Annual vaccination report of Bihar and Orissa - 1911-1928
Year: 1911
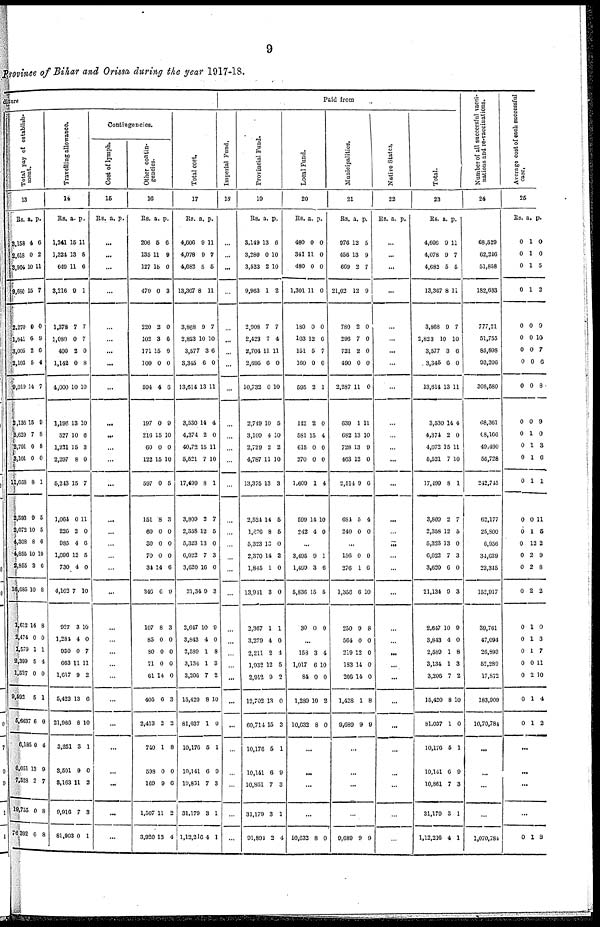
9
Province of Bihar and Orissa during the year 1917-18.
diture
Total pay of establish-
ment.
13
Rs.
3,158
2,618
3,904
9,680
2,270
1,641
3,005
2,103
9,019
2,136
8,629
2,791
3,101
11,658
2,593
2,072
4,308
4,855
2,855
16,685
1,612
2,474
1,579
2,399
1,527
9,592
6,6637
6,185
6,051
7,528
19,755
76,392
a.
4
0
10
15
0
6
2
5
14
15
7
0
0
8
9
10
8
10
3
10
14
0
1
5
0
5
6
50
13
2
0
6
p.
6
2
11
7
0
9
6
4
7
9
8
8
0
1
5
5
6
10
6
8
8
0
1
4
0
1
0
4
9
7
8
8
Travelling allowance.
14
Rs.
1,241
1,324
649
3,216
1,378
1,080
400
1,142
4,000
1,196
527
1,221
2,297
5,243
1,064
226
985
1,096
730
4,102
927
1,284
930
663
1,617
5,422
21,986
3,251
3,501
3,163
9,916
81,903
a.
15
13
11
9
7
0
2
0
10
13
10
15
8
15
0
2
4
12
4
7
3
4
0
11
9
13
8
3
9
11
7
0
p.
11
8
6
1
7
7
0
8
10
10
6
3
0
7
11
0
6
5
0
10
10
0
7
11
2
6
10
1
0
2
3
1
Contingencies.
Cost of lymph.
15
Rs. a. p.
...
...
...
...
...
...
...
...
...
...
...
...
...
...
...
...
...
...
...
...
...
...
...
...
...
...
...
...
...
...
...
...
Other contin-
gencies.
16
Rs.
206
135
127
470
220
102
171
100
594
197
216
60
122
597
151
60
30
70
34
346
107
85
80
71
61
405
2,413
740
598
169
1,507
3,920
a.
5
11
16
0
2
3
15
0
4
0
p.
6
9
0
3
0
6
0
0
6
9
15 10
0 0
15 10
0
8
0
0
0
14
6
8
0
0
0
14
6
2
1
0
9
11
13
5
3
0
0
0
6
9
3
0
0
0
0
3
2
8
0
6
2
4
Total cost.
17
Rs.
4,606
4,078
4,682
13,367
3,868
2,823
3,577
3,345
13,614
3,530
4,374
40,72
5,521
17,499
3,809
2,358
5,323
6,022
3,620
21,34
2,647
3,843
2,589
3,134
3,206
15,420
81,037
10,176
10,141
10,861
31,179
1,12,216
a.
9
9
5
8
9
10
3
0
13
14
2
15
7
8
2
12
13
7
16
9
10
4
1
1
7
8
1
5
6
7
3
4
p.
11
7
5
11
7
10
6
0
11
4
0
11
10
1
7
5
0
3
0
3
9
0
8
3
2
10
0
1
0
3
1
1
Paid from
Imperial Fund.
18
...
...
...
...
...
...
...
...
...
...
...
...
...
...
...
...
...
...
...
...
...
...
...
...
...
...
...
...
...
...
...
...
Provincial Fund.
19
Rs.
3,149
3,280
3,533
9,963
2,908
2,423
2,704
2,695
10,732
2,749
3,109
2,729
4,787
13,375
2,524
1,876
5,323
2,370
1,845
13,941
2,367
3,279
2,211
1,932
2,912
12,702
60,714
10,176
10,141
10,861
31,179
91,894
a.
13
0
2
1
7
7
11
6
0
10
4
2
11
13
14
8
13
14
1
3
1
4
2
12
9
13
15
5
6
7
3
2
p.
6
10
10
2
7
4
11
0
10
5
10
2
10
3
5
5
0
2
0
0
1
0
4
5
2
0
3
1
9
3
1
4
Local Fund.
20
Rs.
480
341
480
1,301
180
103
151
160
595
142
581
615
270
1,609
599
242
a.
0
11
0
11
0
12
5
0
2
2
15
0
0
1
14
4
p.
0
0
0
0
0
6
7
0
1
0
4
0
0
4
10
0
...
3,495
1,499
5,836
30
9
3
15
0
1
6
5
0
...
158
1,017
84
1,289
10,632
3
6
0
10
8
4
10
0
2
0
...
...
...
...
10,632 8 0
Municipalities.
21
Rs.
976
456
669
21,02
780
296
721
490
2,287
639
682
728
463
2,514
684
240
a.
12
13
2
12
2
7
2
0
11
1
13
13
12
9
5
0
p.
5
9
7
9
0
0
0
0
0
11
10
9
0
6
4
0
...
156
276
1,356
250
564
219
183
209
1,428
9,689
0
1
6
9
0
12
14
14
1
9
0
6
10
8
0
0
0
0
8
9
...
...
...
...
9,689 9 9
Native States.
22
Rs. a. p.
...
...
...
...
...
...
...
...
...
...
...
...
...
...
...
...
...
...
...
...
...
...
...
...
...
...
...
...
...
...
...
...
Total.
23
Rs.
4,606
4,078
4,682
13,367
3,868
2,823
3,577
3,345
13,614
3,530
4,374
4,073
5,521
17,499
3,809
2,358
5,323
6,022
3,620
21,134
2,647
3,843
2,589
3,134
3,206
15,420
81,037
10,176
10,141
10,861
31,179
1,12,216
a.
9
9
5
8
9
10
3
0
13
14
2
15
7
8
2
12
13
7
6
0
10
4
1
1
7
8
1
5
6
7
3
4
p.
11
7
5
11
7
10
6
0
11
4
0
11
10
1
7
5
0
3
0
3
9
0
8
3
2
10
0
1
9
3
1
1
Number of all successful vacci-
nations and re-vaccinations.
24
68,529
62,246
51,858
182,633
777,21
51,755
85,898
93,206
308,580
68,361
68,166
40,490
56,728
242,745
62,177
25,800
6,956
34,639
23,345
152,917
39,761
47,094
26,893
52,289
17,872
183,909
10,70,784
...
...
...
...
1,070,784
Average cost of each successful
case.
25
Rs.
0
0
0
0
0
0
0
0
0
0
0
0
0
0
0
0
0
0
0
0
0
0
0
0
0
0
0
a.
1
1
1
1
0
0
0
0
0
0
1
1
1
1
0
1
12
2
2
2
1
1
1
0
2
1
1
p.
0
0
5
2
9
10
7
6
8
9
0
3
6
1
11
5
2
9
8
2
0
3
7
11
10
4
2
...
...
...
...
0 1 8